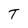
Character: T